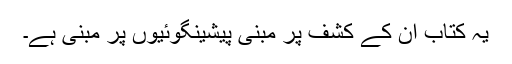
یہ کتاب ان کے کشف پر مبنی پیشینگوئیوں پر مبنی ہے۔